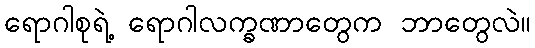
ရောဂါစုရဲ့ ရောဂါလက္ခဏာတွေက ဘာတွေလဲ။